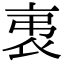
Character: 𧘨